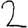
Digit: 2